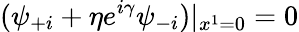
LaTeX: (\psi_{+i}+\eta e^{i\gamma}\psi_{-i})|_{x^{1}=0}=0